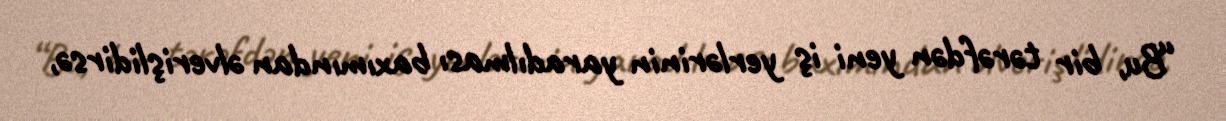
“Bu, bir tərəfdən yeni iş yerlərinin yaradılması baxımından əlverişlidirsə,